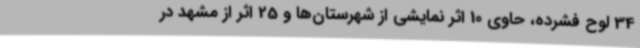
34 لوح فشرده، حاوی 10 اثر نمایشی از شهرستان‌ها و 25 اثر از مشهد در